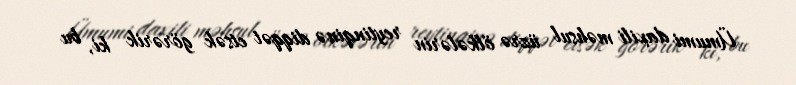
Ümumi daxili məhsul üzrə ölkələrin reytinqinə diqqət etsək görərik ki, bu